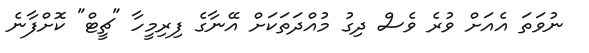
ނުވަތަ އެއަށް ވުރެ ވެސް ދިގު މުއްދަތަކަށް އޭނާގެ ފިރިމީހާ "ޗީޓް" ކޮށްފާނެ